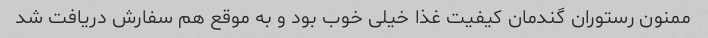
ممنون رستوران گندمان کیفیت غذا خیلی خوب بود و به موقع هم سفارش دریافت شد